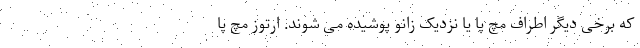
که برخی دیگر اطراف مچ پا یا نزدیک زانو پوشیده می شوند. ارتوز مچ پا